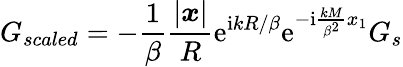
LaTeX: G_{scaled}=-\frac{1}{\beta}\frac{|\boldsymbol{x}|}{R}\mathrm{e}^{\mathrm{i}kR/\beta}\mathrm{e}^{-\mathrm{i}\frac{kM}{\beta^{2}}x_{1}}G_{s}